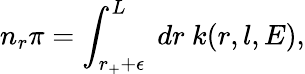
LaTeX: n_{r}\pi=\int_{r_{+}+\epsilon}^{L}~dr~k(r,l,E),